Source: Computer-generated
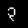
Digit: ၃ (3)